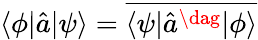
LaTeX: \langle\phi|\hat{a}|\psi\rangle=\overline{{\langle\psi|\hat{a}^{\dag}|\phi\rangle}}